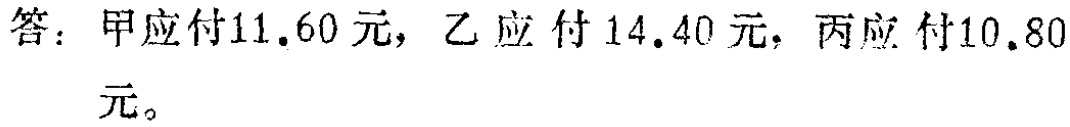
答：甲应付\(11.60\)元，乙应付\(14.40\)元，丙应付\(10.80\)元。